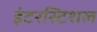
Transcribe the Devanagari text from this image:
इंटरस्टिशल